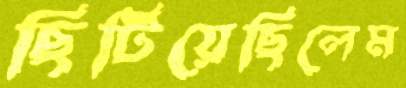
ছিটিয়েছিলেম